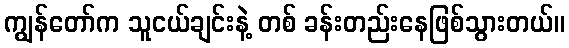
ကျွန်တော်က သူငယ်ချင်းနဲ့ တစ် ခန်းတည်းနေဖြစ်သွားတယ်။